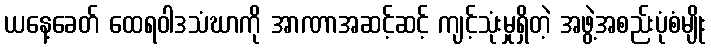
ယနေ့ခေတ် ထေရဝါဒသံဃာကို အာဏာအဆင့်ဆင့် ကျင့်သုံးမှုရှိတဲ့ အဖွဲ့အစည်းပုံစံမျိုး